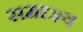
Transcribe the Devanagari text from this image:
समदृश्य